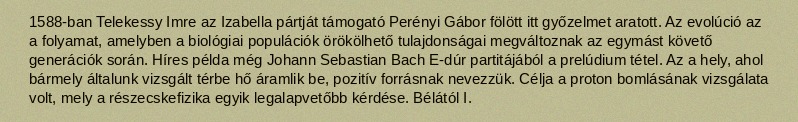
1588-ban Telekessy Imre az Izabella pártját támogató Perényi Gábor fölött itt győzelmet aratott. Az evolúció az a folyamat, amelyben a biológiai populációk örökölhető tulajdonságai megváltoznak az egymást követő generációk során. Híres példa még Johann Sebastian Bach E-dúr partitájából a prelúdium tétel. Az a hely, ahol bármely általunk vizsgált térbe hő áramlik be, pozitív forrásnak nevezzük. Célja a proton bomlásának vizsgálata volt, mely a részecskefizika egyik legalapvetőbb kérdése. Bélától I.